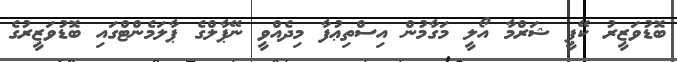
ބޮޑުވަޒީރު ކޭޕީ ޝަރްމާ އޯލީ މަގާމުން އިސްތިޢުފާ މިދެއްވީ ނޭޕާލްގެ ޕާލަމެންޓްގައި ބޮޑުވަޒީރުގެ